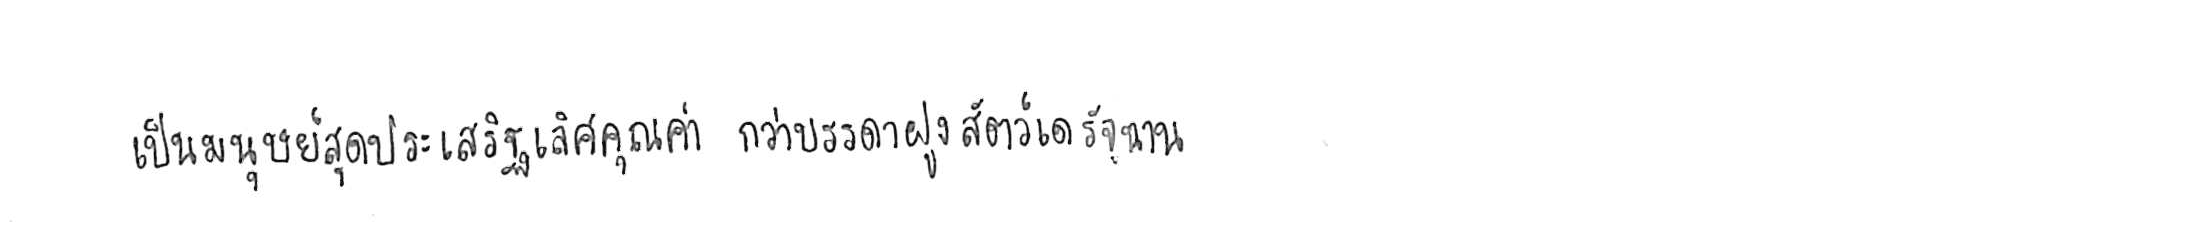
เป็นมนุษย์สุดประเสริฐเลิศคุณค่า กว่าบรรดาฝูงสัตว์เดรัจฉาน